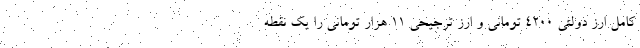
کامل ارز دولتی ۴۲۰۰ تومانی و ارز ترجیحی ۱۱ هزار تومانی را یک نقطه